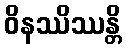
ဝိနဿိဿန္တိ